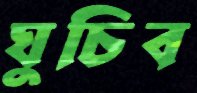
ঘুচিব